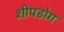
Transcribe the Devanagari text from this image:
शीपडोग